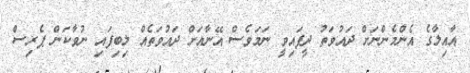
އާއިލާގެ އެންމެންނަށް ދައުވަތު ދީފައިވީ ނަމަވެސް އޭނާއަށް ދައުވަތެއް ލިބިފައި ނުވާކަން ޕެރިސް